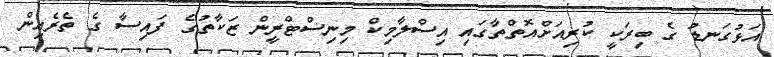
އަޅުގަނޑު ގެ ބިރަކީ ކުރިއަށްއޮތްތާގައި އިސްލާމިކް މިނިސްޓްރީން ޒަކާތުގެ ފައިސާ ގެ ތެރެއިން